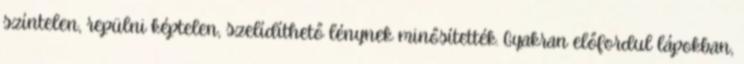
színtelen, repülni képtelen, szelídíthető lénynek minősítették. Gyakran előfordul lápokban,